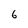
Character: 6